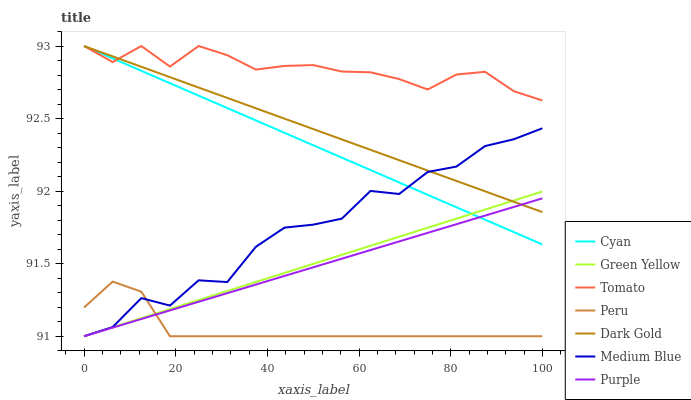
| xaxis_label | Cyan | Green Yellow | Tomato | Peru | Dark Gold | Medium Blue | Purple |
 | --- | --- | --- | --- | --- | --- | --- | --- |
 | 0 | 93 | 91 | 93 | 91.2 | 93 | 91 | 91 |
 | 6.25 | 92.9 | 91.1 | 92.9 | 91.4 | 92.9 | 91.1 | 91.1 |
 | 12.5 | 92.8 | 91.1 | 93 | 91.3 | 92.9 | 91.3 | 91.1 |
 | 18.8 | 92.7 | 91.2 | 92.9 | 91 | 92.8 | 91.2 | 91.2 |
 | 25 | 92.7 | 91.2 | 93 | 91 | 92.7 | 91.4 | 91.2 |
 | 31.2 | 92.6 | 91.3 | 92.9 | 91 | 92.6 | 91.4 | 91.3 |
 | 37.5 | 92.5 | 91.4 | 92.8 | 91 | 92.6 | 91.6 | 91.4 |
 | 43.8 | 92.4 | 91.4 | 92.9 | 91 | 92.5 | 91.7 | 91.4 |
 | 50 | 92.3 | 91.5 | 92.9 | 91 | 92.4 | 91.8 | 91.5 |
 | 56.2 | 92.2 | 91.6 | 92.8 | 91 | 92.4 | 91.8 | 91.5 |
 | 62.5 | 92.1 | 91.6 | 92.8 | 91 | 92.3 | 92 | 91.6 |
 | 68.8 | 92.1 | 91.7 | 92.8 | 91 | 92.2 | 92 | 91.7 |
 | 75 | 92 | 91.7 | 92.7 | 91 | 92.1 | 92.1 | 91.7 |
 | 81.2 | 91.9 | 91.8 | 92.8 | 91 | 92.1 | 92.2 | 91.8 |
 | 87.5 | 91.8 | 91.9 | 92.8 | 91 | 92 | 92.3 | 91.8 |
 | 93.8 | 91.7 | 91.9 | 92.7 | 91 | 91.9 | 92.4 | 91.9 |
 | 100 | 91.6 | 92 | 92.6 | 91 | 91.9 | 92.4 | 92 |